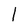
Character: l